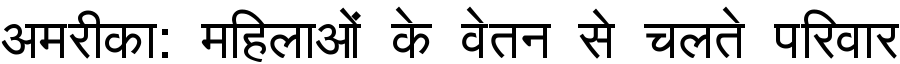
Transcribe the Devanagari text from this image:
अमरीका: महिलाओं के वेतन से चलते परिवार